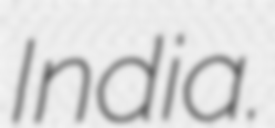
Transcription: India.